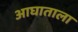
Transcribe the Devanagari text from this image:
आघाताला